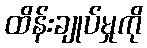
ထိန်းချုပ်မှုကို